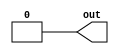
module top_module (
    output wire out
);
    
    assign out = 1'b0;

endmodule